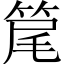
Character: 䇻